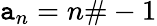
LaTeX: \mathtt{a}_{n}=n\# -1